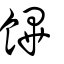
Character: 饆